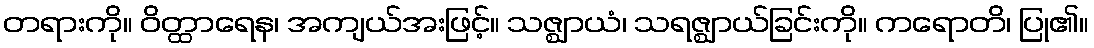
တရားကို။ ဝိတ္ထာရေန၊ အကျယ်အးဖြင့်။ သဇ္ဈာယံ၊ သရဇ္ဈာယ်ခြင်းကို။ ကရောတိ၊ ပြု၏။